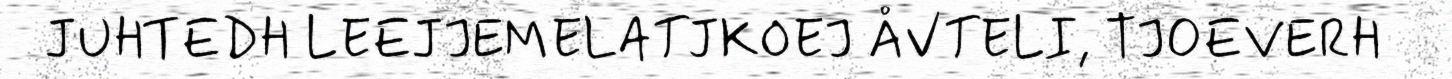
JUHTEDH LEEJJEMELATJKOEJ ÅVTELI, TJOEVERH